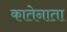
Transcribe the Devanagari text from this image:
कातेनाता